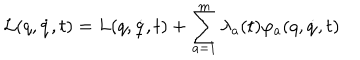
{ \cal L } ( q , \dot { q } , t ) = L ( q , \dot { q } , t ) + \sum _ { a = 1 } ^ { m } \lambda _ { a } ( t ) \varphi _ { a } ( q , \dot { q } , t )